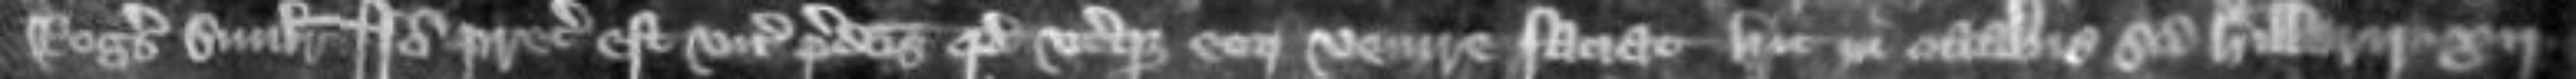
Rogerus similiter Ideo preceptum est vicecomitibus predictis quod uterque eorum venire faciat hic in octabis Sancti Hillarii xij